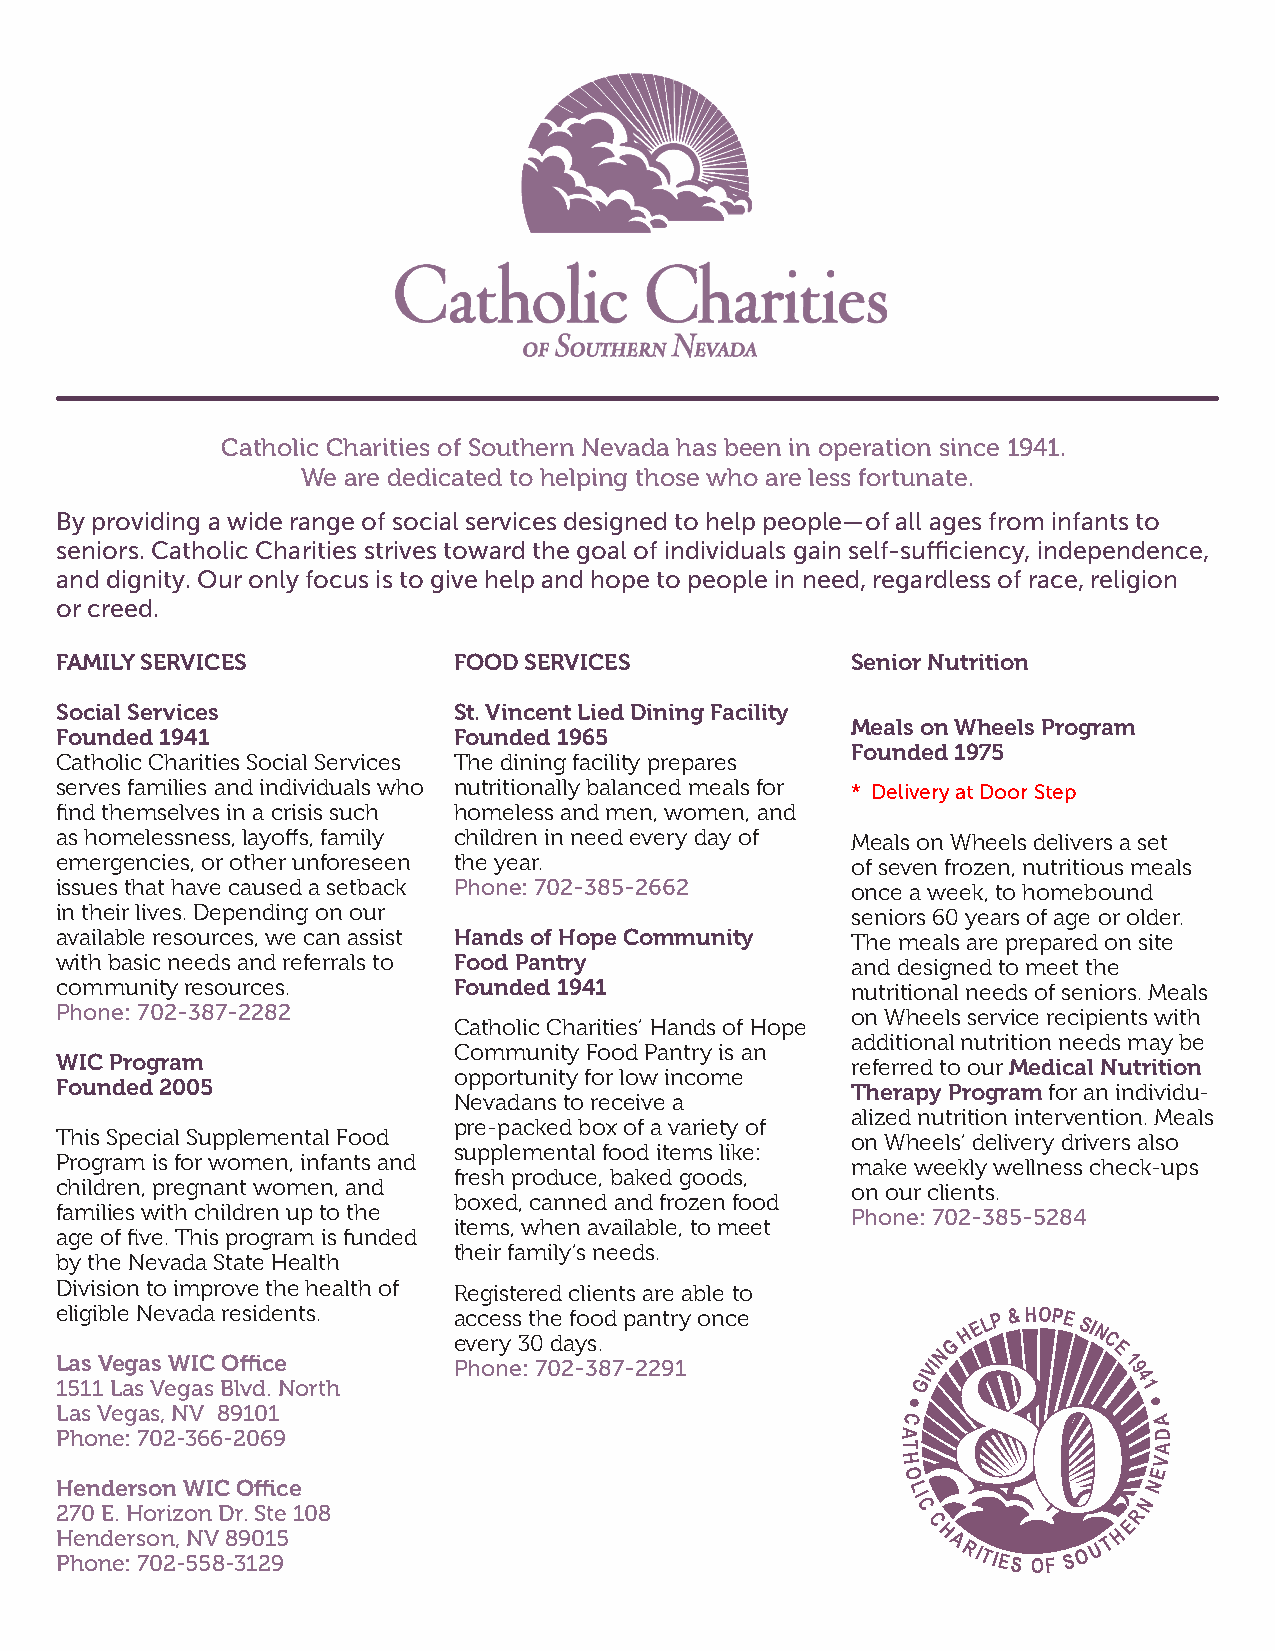
Catholic Charities of Southern Nevada has been in operation since 1941.
 We are dedicated to helping those who are less fortunate.
 By providing a wide range of social services designed to help people—of all ages from infants to
 seniors. Catholic Charities strives toward the goal of individuals gain self-sufficiency, independence,
 and dignity. Our only focus is to give help and hope to people in need, regardless of race, religion
 or creed.
 FAMILY SERVICES           FOOD SERVICES             Senior Nutrition
 Social Services           St. Vincent Lied Dining Facility
 Meals on Wheels Program
 Founded 1941              Founded 1965
 Founded 1975
 Catholic Charities Social Services The dining facility prepares
 serves families and individuals who nutritionally balanced meals for * Delivery at Door Step
 find themselves in a crisis such homeless and men, women, and
 as homelessness, layoffs, family children in need every day of Meals on Wheels delivers a set
 emergencies, or other unforeseen the year.          of seven frozen, nutritious meals
 issues that have caused a setback Phone: 702-385-2662 once a week, to homebound
 in their lives. Depending on our                    seniors 60 years of age or older.
 available resources, we can assist Hands of Hope Community The meals are prepared on site
 with basic needs and referrals to Food Pantry       and designed to meet the
 community resources.      Founded 1941              nutritional needs of seniors. Meals
 Phone: 702-387-2282                                 on Wheels service recipients with
 Catholic Charities’ Hands of Hope
 additional nutrition needs may be
 Community Food Pantry is an
 WIC Program                                         referred to our Medical Nutrition
 opportunity for low income
 Founded 2005                                        Therapy Program for an individu-
 Nevadans to receive a
 alized nutrition intervention. Meals
 pre-packed box of a variety of
 This Special Supplemental Food                      on Wheels’ delivery drivers also
 supplemental food items like:
 Program is for women, infants and                   make weekly wellness check-ups
 fresh produce, baked goods,
 children, pregnant women, and                       on our clients.
 boxed, canned and frozen food
 families with children up to the                    Phone: 702-385-5284
 items, when available, to meet
 age of five. This program is funded
 their family’s needs.
 by the Nevada State Health
 Division to improve the health of Registered clients are able to
 e ligible Nevada residents. a ec vece rys s 3 t 0h de af yo so . d pantry once G H E L P & HOPE SI N C
 L 15a 1s
 1
 V Le ag sa Vs eW gaIC
 s
 BO lffi vdc
 .
 e
 N o rth
 P hone: 702-387-2291           GIVIN
 88
 E 1
 9
 4 1
 Las Vegas, NV 89101                                     C       00      A
 Phone: 702-366-2069                                    A                D
 T                 A
 H                V
 O               E
 Henderson WIC Office                                                    N
 L
 I               N
 270 E. Horizon Dr. Ste 108                              C              R
 C             E
 Henderson, NV 89015                                       H           H
 Phone: 702-558-3129                                        A RITIES OF S O U T